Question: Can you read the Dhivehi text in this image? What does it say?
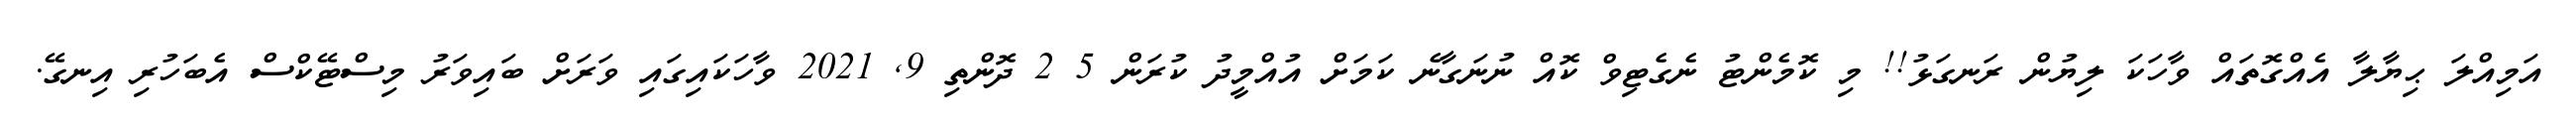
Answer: އަމިއްލަ ޙިޔާލާ އެއްގޮތައް ވާހަކަ ލިޔުން ރަނގަޅު!! މި ކޮމެންޓު ނެގެޓިވް ކޮއް ނުނަގާނެ ކަމަށް އުއްމީދު ކުރަން 5 2 ދޮންތި 9, 2021 ވާހަކައިގައި ވަރަށް ބައިވަރު މިސްޓޭކްސް އެބަހުރި އިނގޭ.